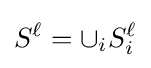
S^{\ell }=\cup _{i}S_{i}^{\ell }